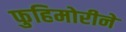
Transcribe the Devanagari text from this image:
फुहिमोरीने